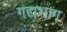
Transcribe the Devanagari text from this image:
गद्यभाग